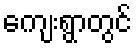
ကျေးရွာတွင်